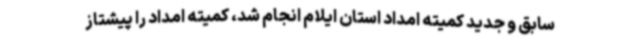
سابق و جدید کمیته امداد استان ایلام انجام شد، کمیته امداد را پیشتاز